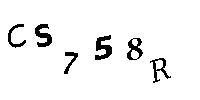
CS758R